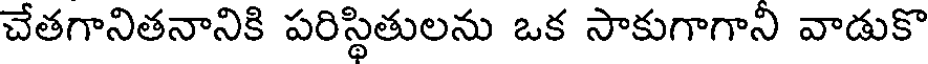
చేతగానితనానికి పరిస్థితులను ఒక సాకుగాగాని వాడుకొ